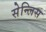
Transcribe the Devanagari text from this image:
सेन्लिस